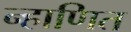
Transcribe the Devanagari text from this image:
न्हाणित